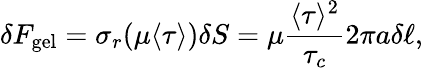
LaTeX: \delta F_{\mathrm{gel}}=\sigma_{r}(\mu\langle\tau\rangle)\delta S=\mu\frac{\langle\tau\rangle^{2}}{\tau_{c}}2\pi a\delta\ell,